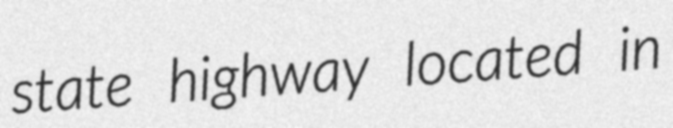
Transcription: state highway located in